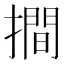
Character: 𢵧